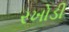
રખોડી